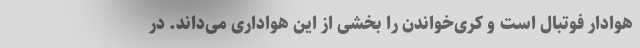
هوادار فوتبال است و کری‌خواندن را بخشی از این هواداری می‌داند. در